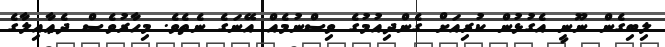
ލިބިގެން ނޫނީ އެގުޅުން ކުރިއަށް ގެންދިއުމުގެ ވިސްނުމެއް އޭނަގެ ނެތެވެ. މިހާރުވެސް ދެޢާއިލާގެ